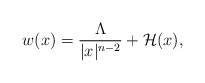
\begin{align*}w(x)= \frac{\Lambda}{|x|^{n-2}}+\mathcal{H}(x),\end{align*}